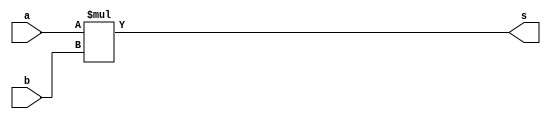
// -------------------------
// Exercicio04
// Nome: Rayan Darwin
// -------------------------

module nandgate2(output s, input a, input b);
 assign s = (-a * -b);
endmodule

module teste;
 reg x,y;
 wire z;
 
 nandgate2 nand2 (z,x,y);
 
 initial begin
  x=0; y=0;
  $display("Teste\nx y z");
  $monitor("%b %b %b",x,y,z);
  
  #1 x=0; y=1;
  #1 x=1; y=0;
  #1 x=1; y=1;
 end
 
endmodule